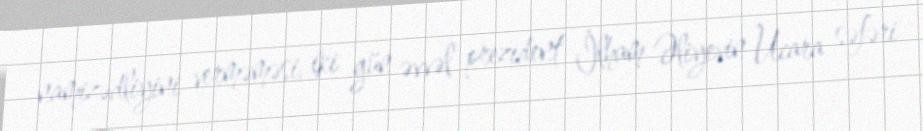
namizədliyini verməməsi, iki gün əvvəl prezident İlham Əliyevin Ucara səfəri